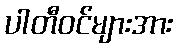
ပါတီဝင်များအား